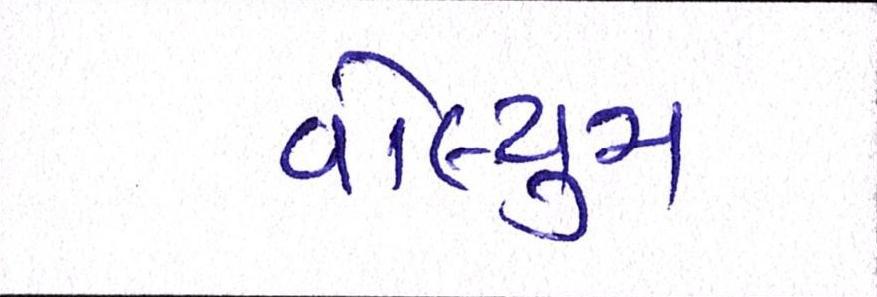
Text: વોલ્યુમ